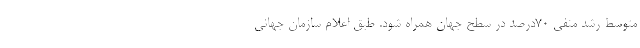
متوسط رشد منفی ۷۰درصد در سطح جهان همراه شود. طبق اعلام سازمان جهانی